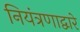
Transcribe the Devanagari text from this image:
नियंत्रणाद्वारे